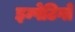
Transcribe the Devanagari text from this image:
इम्पेटिगो